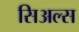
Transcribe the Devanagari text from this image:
सिअल्स